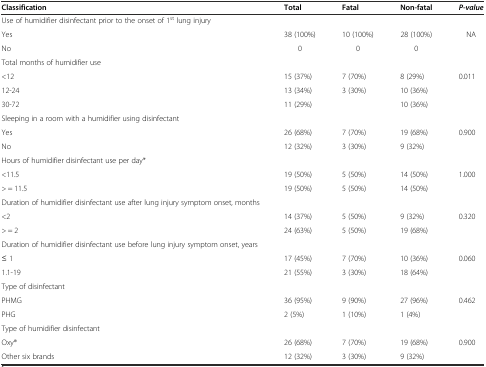
<table><thead><tr><td><b>Classification</b></td><td><b>Total</b></td><td><b>Fatal</b></td><td><b>Non-fatal</b></td><td><b><i>P-value</i></b></td></tr></thead><tbody><tr><td>Use of humidifier disinfectant prior to the onset of 1<sup>st</sup> lung injury</td><td></td><td></td><td></td><td></td></tr><tr><td>Yes</td><td>38 (100%)</td><td>10 (100%)</td><td>28 (100%)</td><td>NA</td></tr><tr><td>No</td><td>0</td><td>0</td><td>0</td><td></td></tr><tr><td colspan="2">Total months of humidifier use</td><td></td><td></td><td></td></tr><tr><td>&lt;12</td><td>15 (37%)</td><td>7 (70%)</td><td>8 (29%)</td><td>0.011</td></tr><tr><td>12-24</td><td>13 (34%)</td><td>3 (30%)</td><td>10 (36%)</td><td></td></tr><tr><td>30-72</td><td>11 (29%)</td><td></td><td>10 (36%)</td><td></td></tr><tr><td colspan="5">Sleeping in a room with a humidifier using disinfectant</td></tr><tr><td>Yes</td><td>26 (68%)</td><td>7 (70%)</td><td>19 (68%)</td><td>0.900</td></tr><tr><td>No</td><td>12 (32%)</td><td>3 (30%)</td><td>9 (32%)</td><td></td></tr><tr><td colspan="5">Hours of humidifier disinfectant use per day*</td></tr><tr><td>&lt;11.5</td><td>19 (50%)</td><td>5 (50%)</td><td>14 (50%)</td><td>1.000</td></tr><tr><td>&gt; = 11.5</td><td>19 (50%)</td><td>5 (50%)</td><td>14 (50%)</td><td></td></tr><tr><td colspan="2">Duration of humidifier disinfectant use after lung injury symptom onset, months</td><td></td><td></td><td></td></tr><tr><td>&lt;2</td><td>14 (37%)</td><td>5 (50%)</td><td>9 (32%)</td><td>0.320</td></tr><tr><td>&gt; = 2</td><td>24 (63%)</td><td>5 (50%)</td><td>19 (68%)</td><td></td></tr><tr><td>Duration of humidifier disinfectant use before lung injury symptom onset, years</td><td></td><td></td><td></td><td></td></tr><tr><td>≤ 1</td><td>17 (45%)</td><td>7 (70%)</td><td>10 (36%)</td><td>0.060</td></tr><tr><td>1.1-19</td><td>21 (55%)</td><td>3 (30%)</td><td>18 (64%)</td><td></td></tr><tr><td>Type of disinfectant</td><td></td><td></td><td></td><td></td></tr><tr><td>PHMG</td><td>36 (95%)</td><td>9 (90%)</td><td>27 (96%)</td><td>0.462</td></tr><tr><td>PHG</td><td>2 (5%)</td><td>1 (10%)</td><td>1 (4%)</td><td></td></tr><tr><td colspan="2">Type of humidifier disinfectant</td><td></td><td></td><td></td></tr><tr><td>Oxy®</td><td>26 (68%)</td><td>7 (70%)</td><td>19 (68%)</td><td>0.900</td></tr><tr><td>Other six brands</td><td>12 (32%)</td><td>3 (30%)</td><td>9 (32%)</td><td></td></tr></tbody></table>